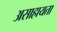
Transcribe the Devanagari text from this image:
असाहायता